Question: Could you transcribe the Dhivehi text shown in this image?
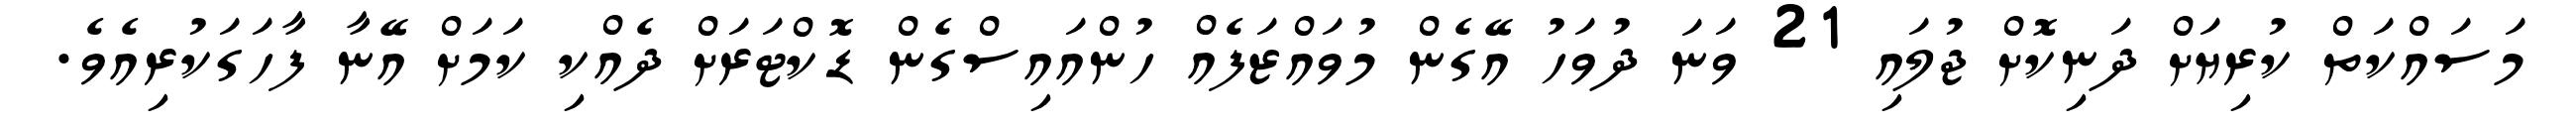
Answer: މަސައްކަތް ކުރިޔަށް ދަނިކޮށް ޖުލައި 21 ވަނަ ދުވަހު އޭގެން މުވައްޒަފެއް ހުންއައިސްގެން ޑޮކްޓަރަށް ދެއްކި ކަމަށް އޭނާ ފާހަގަކުރިއެވެ.